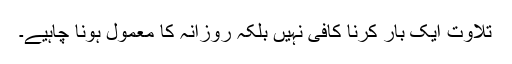
تلاوت ایک بار کرنا کافی نہیں بلکہ روزانہ کا معمول ہونا چاہیے۔